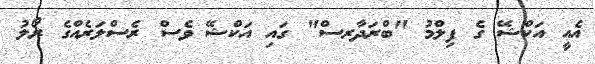
އެއީ އަކްޝޭ ގެ ފިލްމު "ބްރަދާރސް" ގައި އަކްޝޭ ވެސް ރެސްލަރެއްގެ ރޯލު